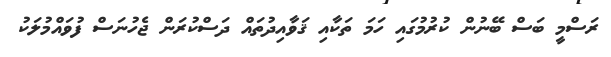
ރަސްމީ ބަސް ބޭނުން ކުރުމުގައި ހަމަ ތަކާއި ޤަވާއިދުތައް ދަސްކުރަން ޖެހުނަސް ފުވައްމުލަކު